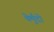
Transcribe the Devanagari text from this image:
वेर्मुदो